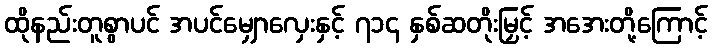
ထိုနည်းတူစွာပင် အပင်မျှောလှေးနှင့် ၇၁၄ နှစ်ဆတိုးမြှင့် အအေးတို့ကြောင့်